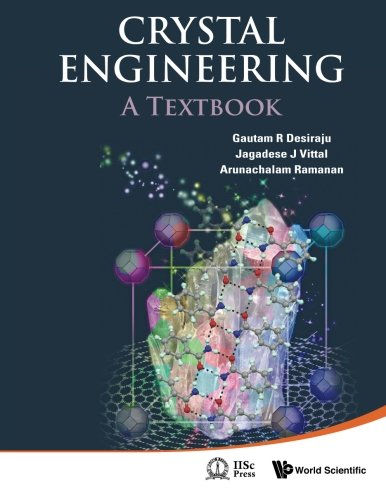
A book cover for Crystal Engineering: A Textbook; Gautam R Desiraju; Science & Math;